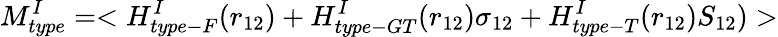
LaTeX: M_{type}^{I}=<H_{type-F}^{I}(r_{12})+H_{type-GT}^{I}(r_{12}){\mathbf\sigma}_{12}+H_{type-T}^{I}(r_{12}){S}_{12})>